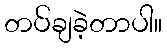
တပ်ချခဲ့တာပါ။